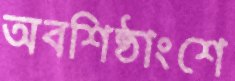
অবশিষ্ঠাংশে